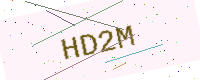
Text: HD2M